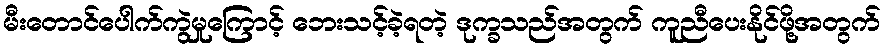
မီးတောင်ပေါက်ကွဲမှုကြောင့် ဘေးသင့်ခဲ့ရတဲ့ ဒုက္ခသည်အတွက် ကူညီပေးနိုင်ဖို့အတွက်